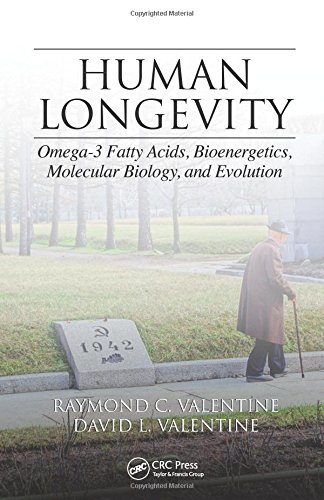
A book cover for Human Longevity: Omega-3 Fatty Acids, Bioenergetics, Molecular Biology, and Evolution; Raymond C. Valentine; Health, Fitness & Dieting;